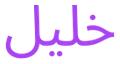
خلیل